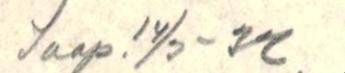
Saap. 14/3 -32